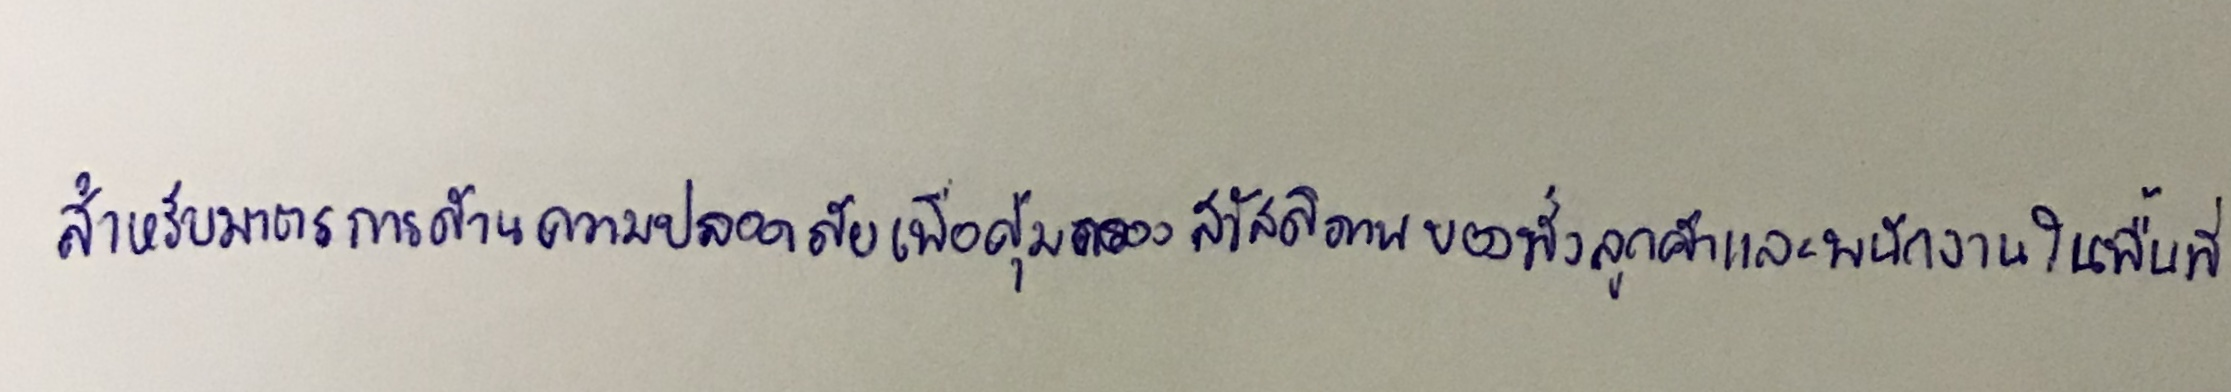
สำหรับมาตรการด้านความปลอดภัยเพื่อคุ้มครองสวัสดิภาพของทั้งลูกค้าและพนักงานในพื้นที่